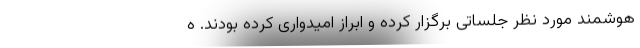
هوشمند مورد نظر جلساتی برگزار کرده و ابراز امیدواری کرده بودند. ه